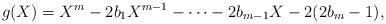
LaTeX: \begin{align*}g(X)=X^m-2b_1X^{m-1}-\dots-2b_{m-1}X-2(2b_m-1),\end{align*}